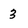
Character: 3